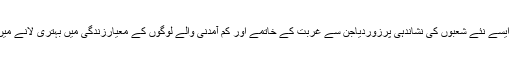
انہوں نے مزید ایسے نئے شعبوں کی نشاندہی پرزوردیاجن سے غربت کے خاتمے اور کم آمدنی والے لوگوں کے معیارزندگی میں بہتری لانے میں مددمل سکے۔